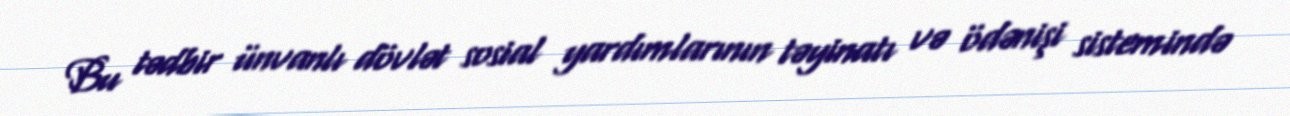
Bu tədbir ünvanlı dövlət sosial yardımlarının təyinatı və ödənişi sistemində